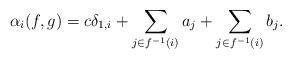
LaTeX: \begin{align*}\alpha_{i}(f,g)=c\delta_{1,i}+\sum_{j\in f^{-1}(i)}a_{j}+\sum_{j\in f^{-1}(i)}b_{j}.\end{align*}